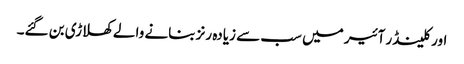
اور کلینڈر آئیر میں سب سے زیادہ رنز بنانے والے کھلاڑی بن گئے۔